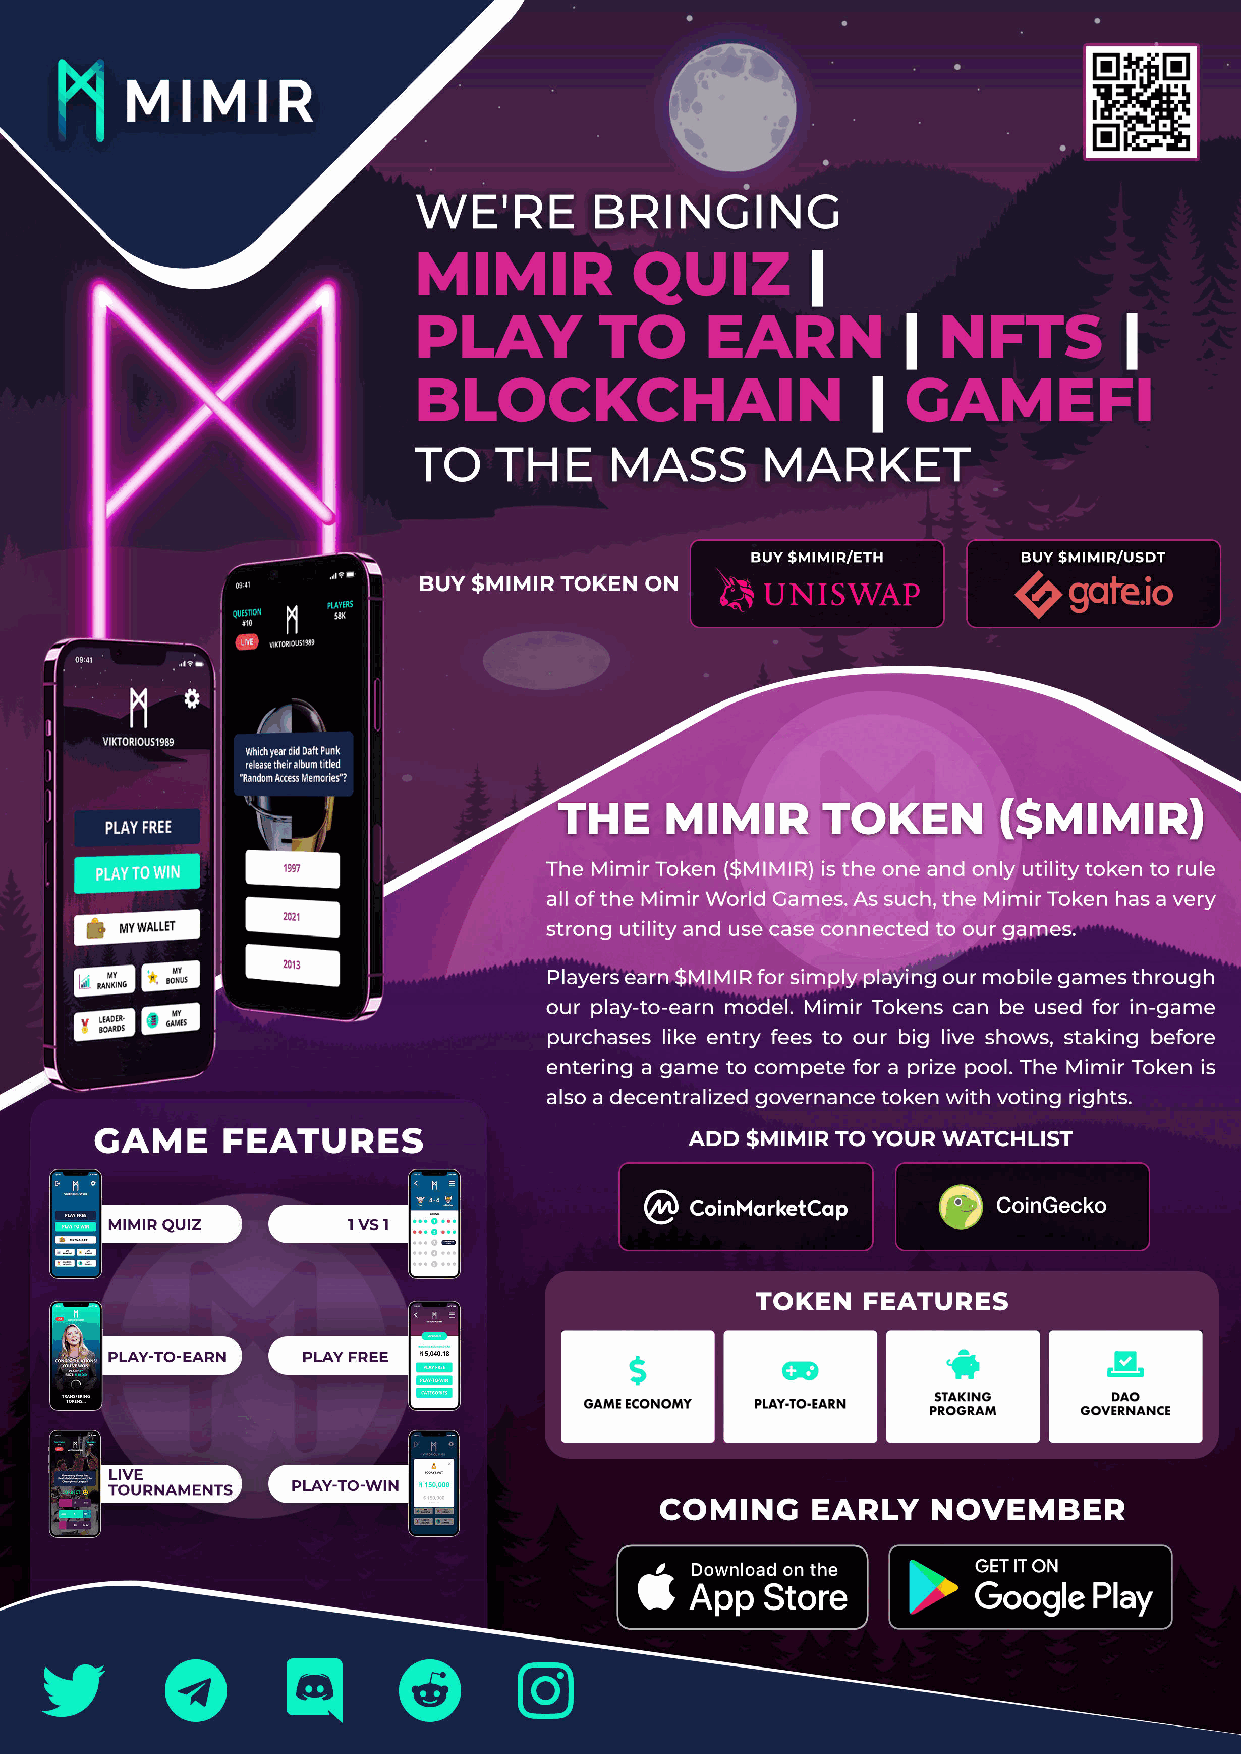
Cryptonaire Weekly | November 16TH 2021 29                  +44 (0) 207 193 2931